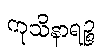
ကုသိနာရဉ္စ